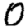
Digit: 0